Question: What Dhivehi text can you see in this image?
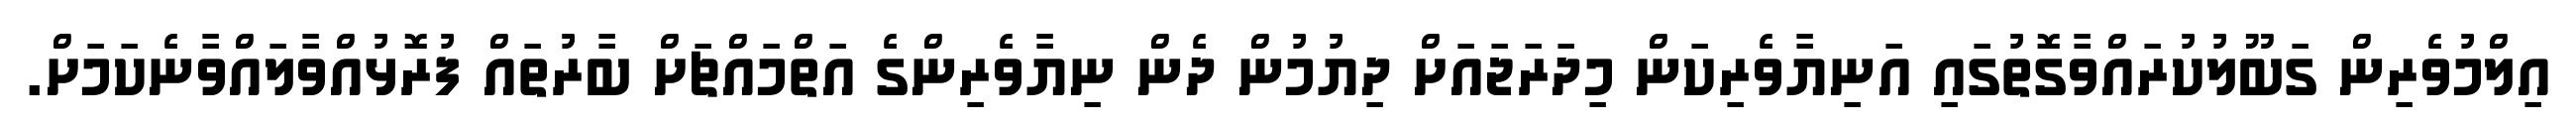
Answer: އިލްމުވެރިން ގަބޫލުކުރައްވާގޮތުގައި އަނިޔާވެރިކަން މިދަރަޖައަށް ދިޔުމުން ދެން ނިޔާވެރިންގެ އަތްމައްޗަށް ބާރުތައް ފުރޮޅުއްވާލައްވާނެކަމަށް.